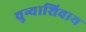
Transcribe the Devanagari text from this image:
चुन्याशिवाय